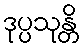
ဒုပ္ပသုန္တိ